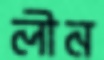
লীন